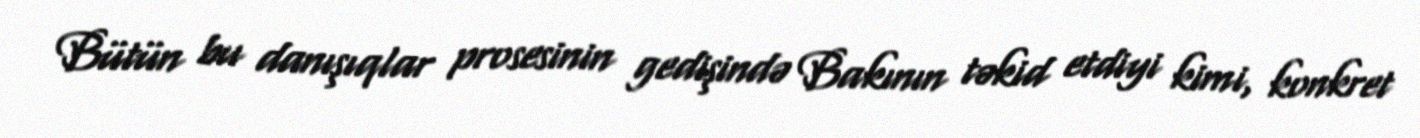
Bütün bu danışıqlar prosesinin gedişində Bakının təkid etdiyi kimi, konkret